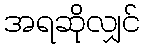
အရဆိုလျှင်